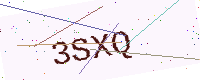
Text: 3SXQ